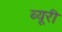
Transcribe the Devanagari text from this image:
ब्यूरी